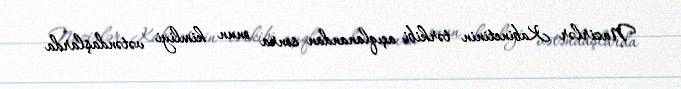
Nazirlər Kabinetinin tərkibi açıqlanandan sonra onun kimliyi vətəndaşlarda